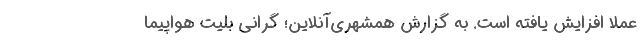
عملا افزایش یافته است. به گزارش همشهری‌آنلاین؛ گرانی بلیت هواپیما